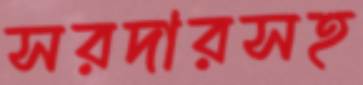
সরদারসহ